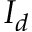
I _ { d }